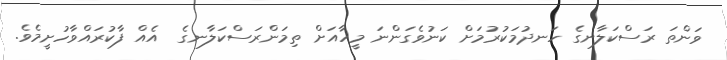
ވަންތަ ރަސްކަލާނގެ ހަނދުމަކުރުމަށް ކަނުވެގަންނަ މީހާއަށް ތިމަންރަސްކަލާނގެ  އެއް ފާކުރައްވާހުށީމެވެ.